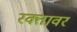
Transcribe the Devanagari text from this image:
रक्तावर